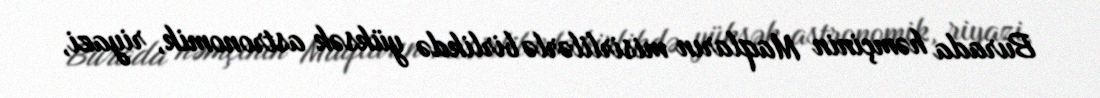
Burada həmçinin Maqların misirlilərlə birlikdə yüksək astronomik, riyazi,